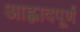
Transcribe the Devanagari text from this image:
आह्लादपूर्ण